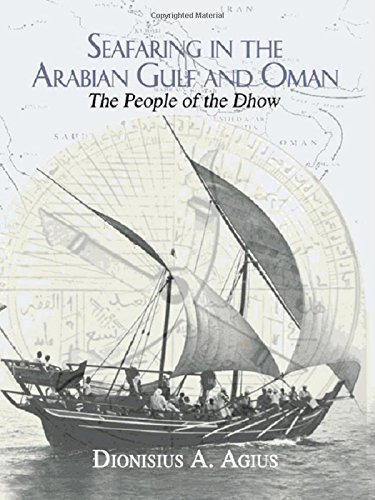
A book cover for Seafaring in the Arabian Gulf and Oman: People of the Dhow (Kegan Paul Arabia Library); Dionisius A. Agius; History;